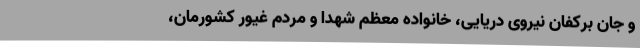
و جان برکفان نیروی دریایی، خانواده معظم شهدا و مردم غیور کشورمان،